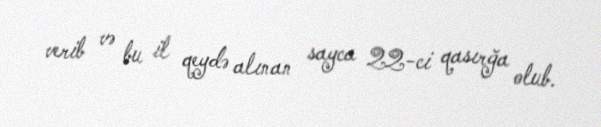
verib və bu il qeydə alınan sayca 22-ci qasırğa olub.